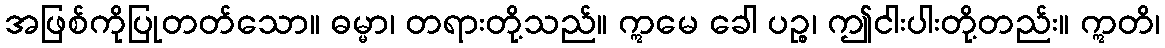
အဖြစ်ကိုပြုတတ်သော။ ဓမ္မာ၊ တရားတို့သည်။ ဣမေ ခေါ ပဉ္စ၊ ဤငါးပါးတို့တည်း။ ဣတိ၊